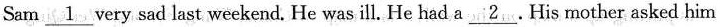
Sam \underline{ 1 } very sad last weekend. He was ill. He had a \underline{ 2 }. His mother asked him